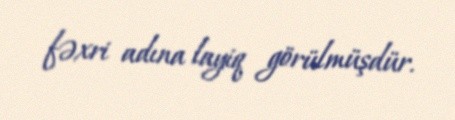
fəxri adına layiq görülmüşdür.